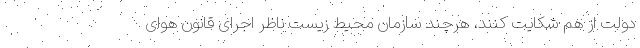
دولت از هم شکایت کنند، هرچند سازمان محیط زیست ناظر اجرای قانون هوای